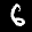
Digit: 6